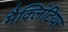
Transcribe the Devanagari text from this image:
मैक्लिंटियर